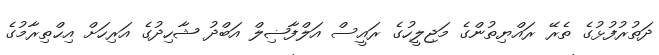
ދަތުރުފުޅުގެ ތެރޭ ރައްޔިތުންގެ މަޖިލީހުގެ ރައީސް އަލްފާޟިލް އަބްދު ޝާހިދުގެ އަރިހަށް އިޙްތިރާމުގެ